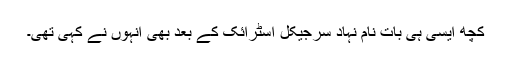
کچھ ایسی ہی بات نام نہاد سرجیکل اسٹرائک کے بعد بھی انہوں نے کہی تھی۔